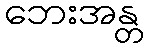
ဘေးအန္တ